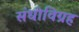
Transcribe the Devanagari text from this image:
संधीविग्रह